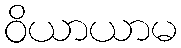
ဝိယာယာမ